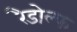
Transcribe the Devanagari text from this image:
रैडोल्फ